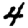
Digit: 4